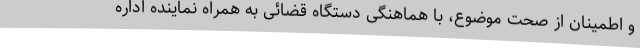
و اطمینان از صحت موضوع، با هماهنگی دستگاه قضائی به همراه نماینده اداره